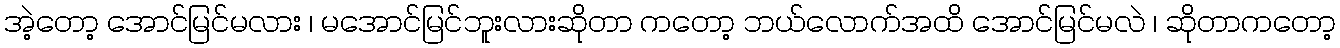
အဲ့တော့ အောင်မြင်မလား ၊ မအောင်မြင်ဘူးလားဆိုတာ ကတော့ ဘယ်လောက်အထိ အောင်မြင်မလဲ ၊ ဆိုတာကတော့